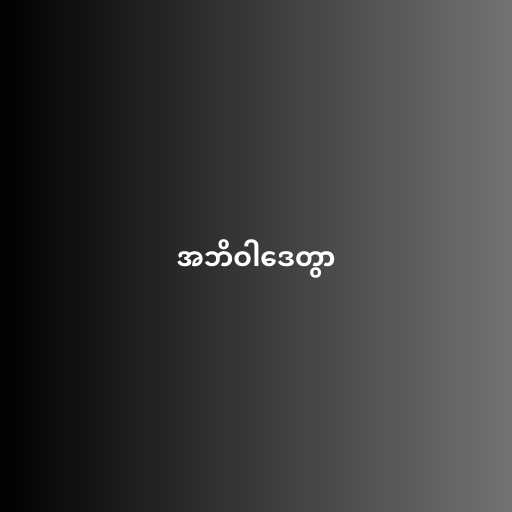
အဘိဝါဒေတွာ